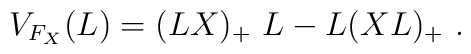
V_{F_X} (L)=(LX)_+ \ L-L(XL)_+ \ .